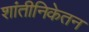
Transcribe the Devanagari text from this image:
शांतीनिकेतन